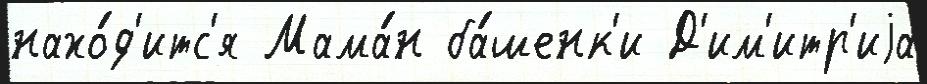
нахо́д'итс'я Мама́н ба́шенк'и Д'им'итр'иjа